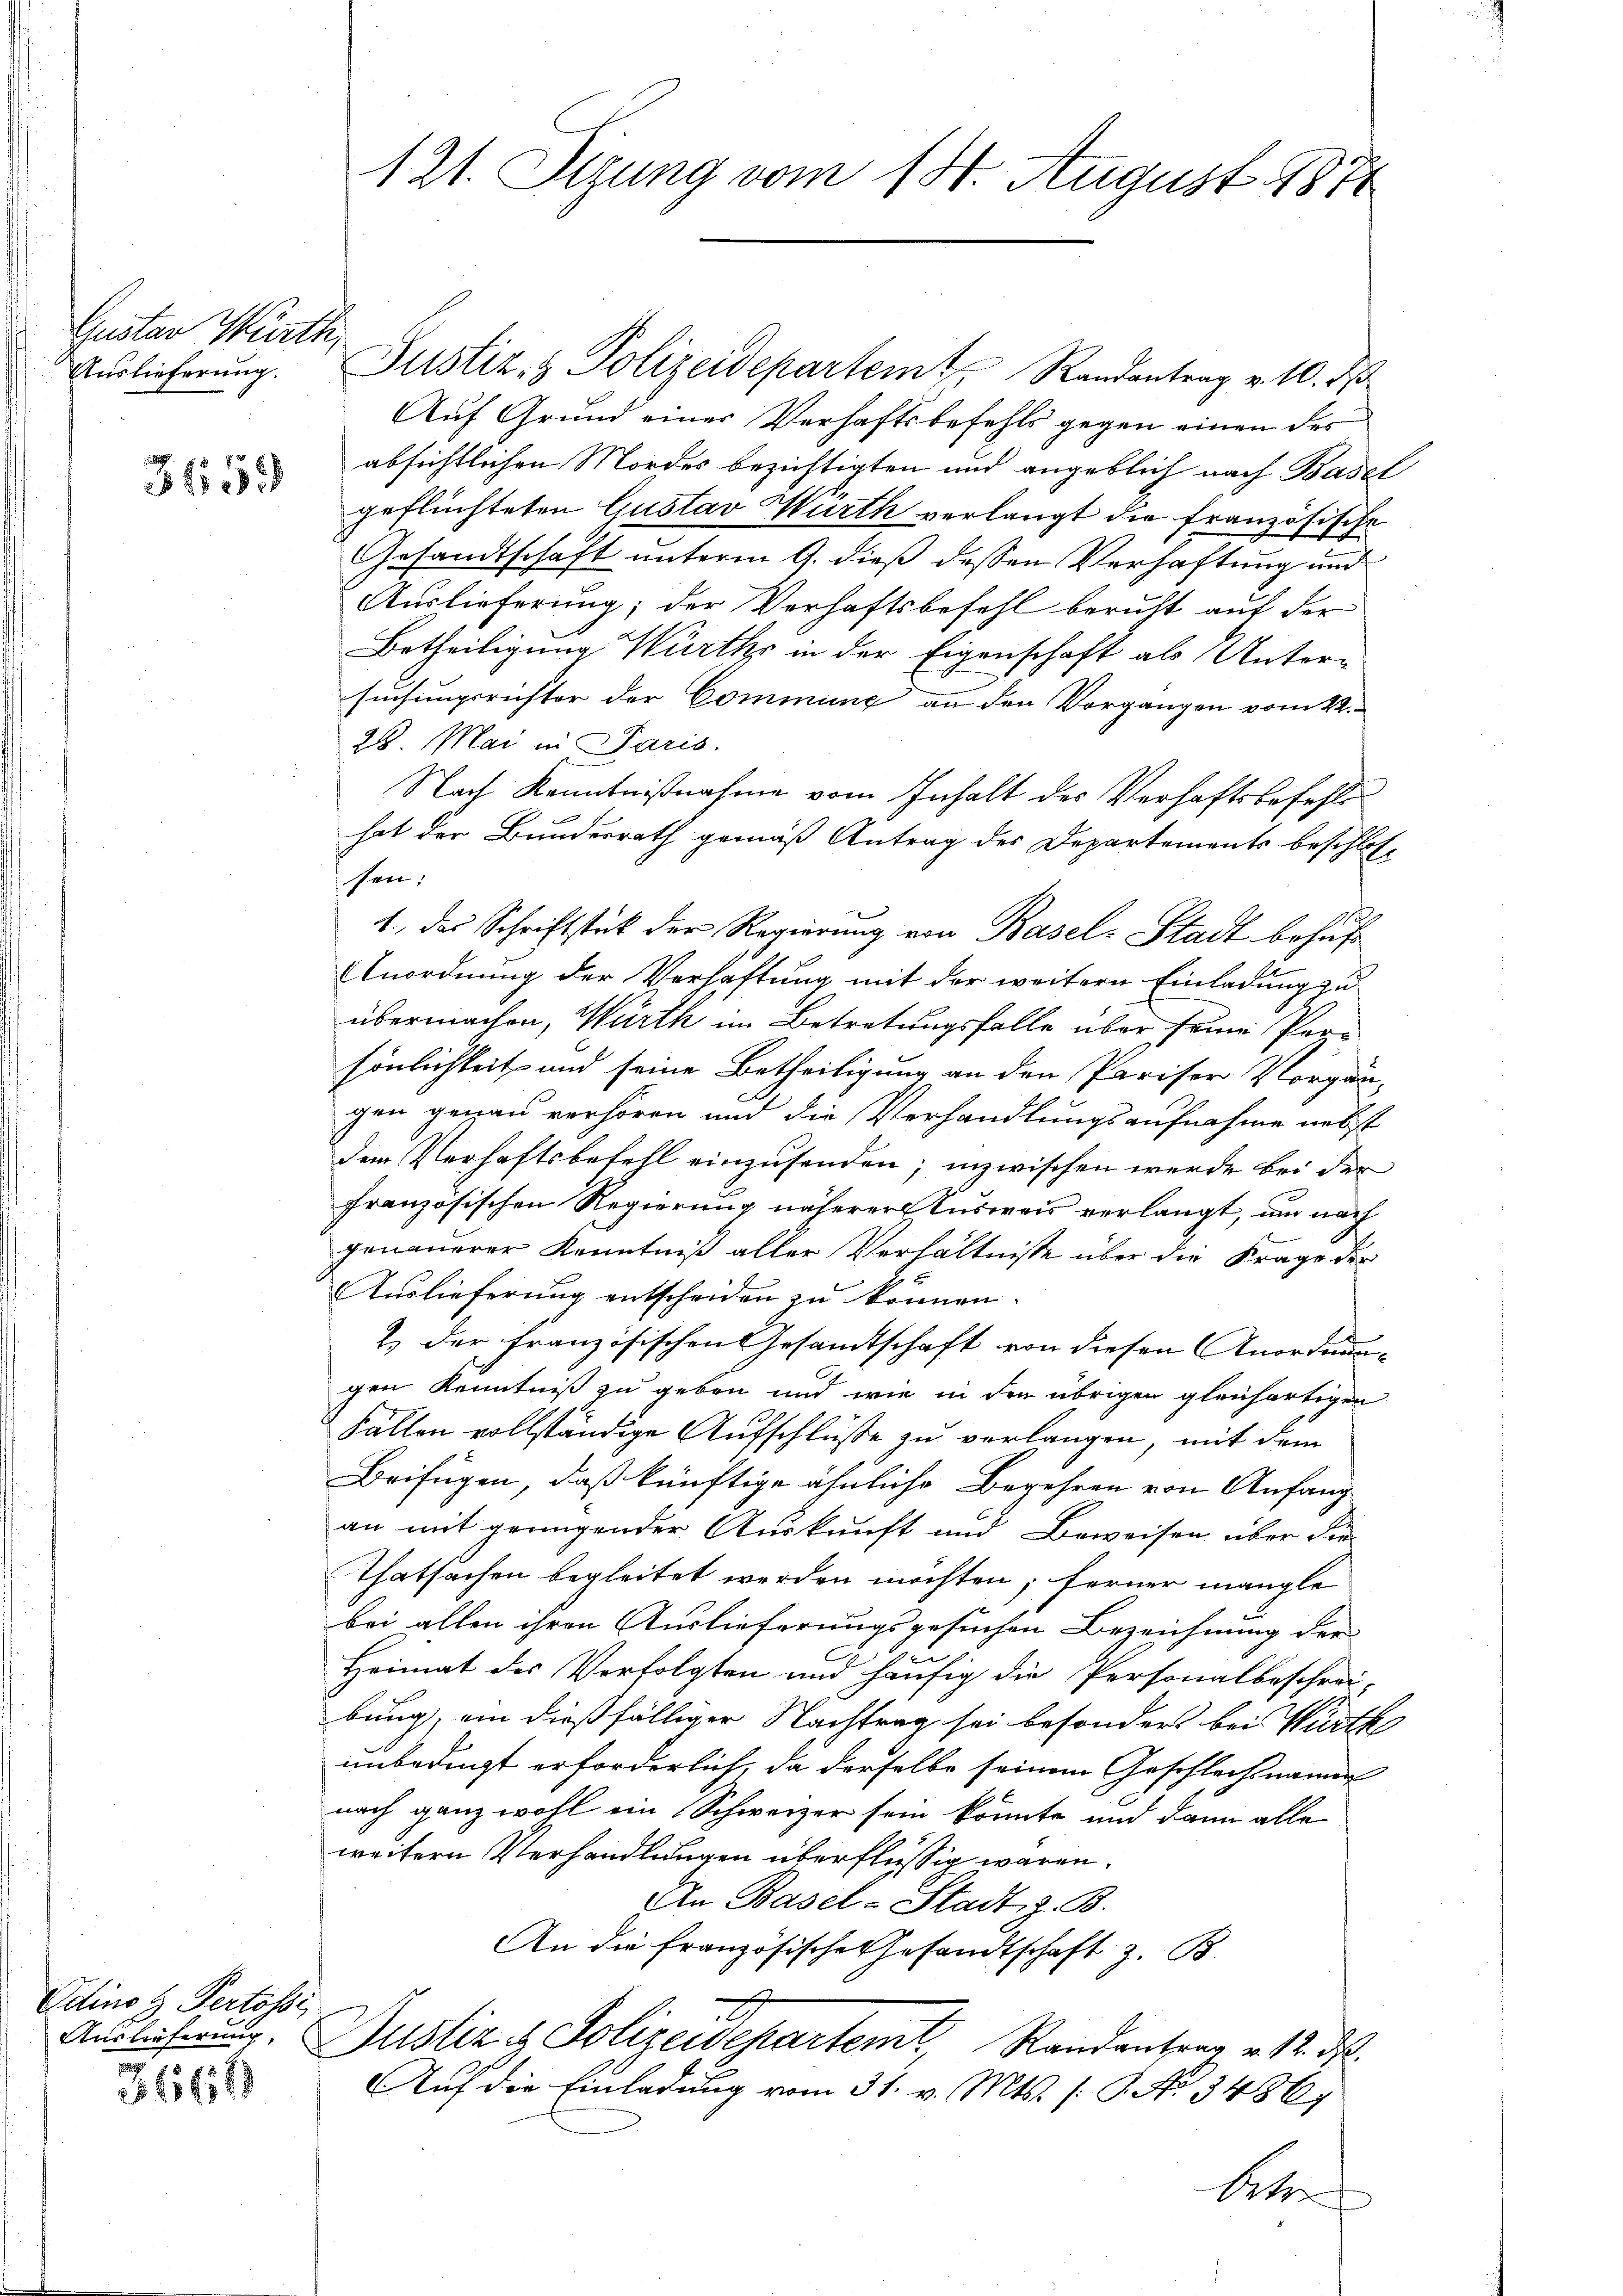
Gustav Würth
Auslieferung.

3659

Edino 3 Pertosse

3661

121. Sizung vom 14. August 1871

Justiz- & Polizeidepartemt, Randantrag v. 10. ds
Auf Grund einer Verhaftsbefehls gegen einen des
absichtlichen Mordes bezichtigten und angeblich nach Basel
geflüchteten Gustav Würth verlangt die französische
Gesandtschaft unterm 9. dieß dessen Verhaftung und
Auslieferung; der Verhaftsbefehl beruht auf der
Betheiligung Würth in der Eigenschaft als Unter-
suchungsrichter der Commung an den Vorgangen vom 22.
28. Mai in Paris.
Nach Kenntnißnahme vom Inhalt des Verhaftsbefehlshat der Bundesrath gemäß Antrag des Departements beschlos
sen,
Mal
1., das Schriftstück der Regierung von Basel-Stadt behuf
Anordnung der Verhaftung mit der weitern Einladung zu
übermachen, Würth im Betretungsfalle über seine Prasönlichkeit und seine Betheiligung an den Pariser Vorgän
gen genau verhören und die Verhandlungsaufnahme nebst
dem Verhaftsbefehl einzusenden; inzwischen werde bei der
französischen Regierung näherer Ausweis verlangt, um nach
genauerer Kenntniß aller Verhältnisse über die Frage der
Auslieferung entscheiden zu können.
2. der französischen Gesamtschaft von diesen Anordnung
gen Kenntniß zu geben und wie in den übrigen gleichartigen
Fällen vollständige Aufschlüße zu verlangen, mit dem
Beifügen, daß künftige ähnliche Begehren von Anfang
an mit genügender Auskunft und Beweisen über die
Thatsachen begleitet werden möchten; ferner mangle
bei allen ihren Auslieferungsgesuchen Bezeichnung der
e
Heimat des Verfolgten und häufig die Personalbeschrei-
bung, ein dießfälliger Nachtrag sei besonders bei Würth
unbedingt erforderlich, da derselbe seinem Geschlachnamen
nach ganz wohl ein Schweizer sein könnte und dann alle
weitern Verhandlungen überflüssig waren.
An Basel-Stadt, z. B.
An die französische Gesandtschaft z. B.
e
Auslieferung. Justiz & Polizeidepartem Randantrag v. 12. ds.
Auf die Einladung vom 31. v. Mts. (: G. No. 3486/
Veter